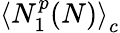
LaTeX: \left\langle N_{1}^{p}(N)\right\rangle_{c}